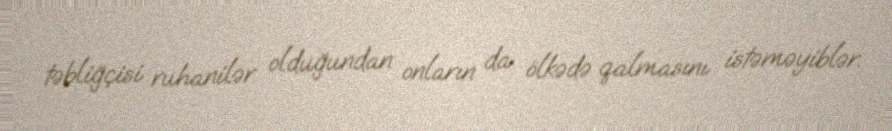
təbliğçisi ruhanilər olduğundan onların da ölkədə qalmasını istəməyiblər.